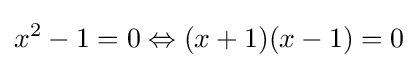
x^{2}-1=0\Leftrightarrow (x+1)(x-1)=0